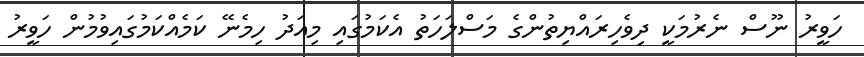
ހަވީރު ނޫސް ނެރުމަކީ ދިވެހިރައްޔިތުންގެ މަސްލަހަތު އެކަމުގައި މިއަދު ހިމެނޭ ކަމެއްކަމުގައިވުމުން ހަވީރު